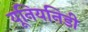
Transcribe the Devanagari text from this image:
यूनियनिडी